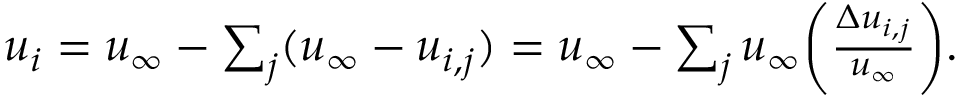
\begin{array} { r } { u _ { i } = u _ { \infty } - \sum _ { j } ( u _ { \infty } - u _ { i , j } ) = u _ { \infty } - \sum _ { j } u _ { \infty } \bigg ( \frac { \Delta u _ { i , j } } { u _ { \infty } } \bigg ) . } \end{array}